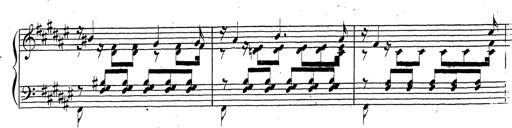
Title: Canzone Napolitana
Composer: Franz Liszt